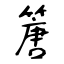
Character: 篖